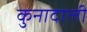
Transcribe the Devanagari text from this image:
कुनादाली